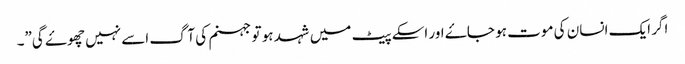
اگر ایک انسان کی موت ہو جاۓ اور اسکے پیٹ میں شہد ہو تو جہنم کی آگ اسے نہیں چھوۓ گی”۔